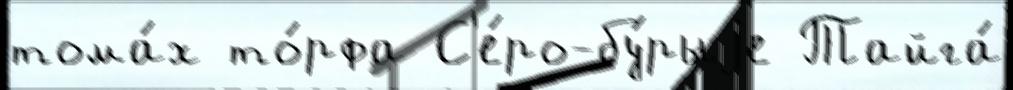
тома́х то́рфа С'е́ро-бу́рыjе Тайга́